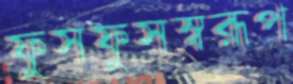
ফুসফুসস্বরূপ